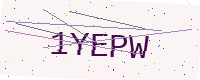
Text: 1YEPW